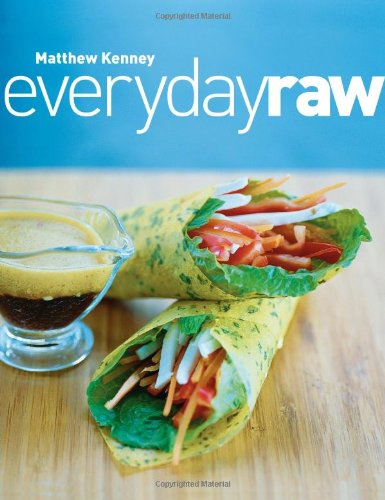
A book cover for Everyday Raw; Matthew Kenney; Cookbooks, Food & Wine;